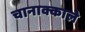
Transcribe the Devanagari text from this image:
चानाक्काले